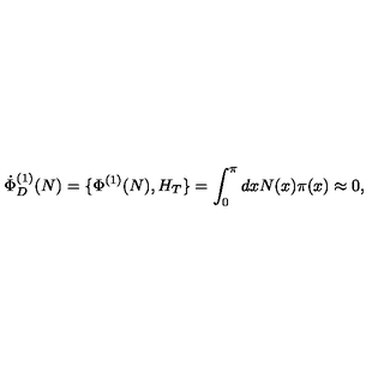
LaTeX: \dot { \Phi } _ { D } ^ { ( 1 ) } ( N ) = \{ \Phi ^ { ( 1 ) } ( N ) , H _ { T } \} = \int _ { 0 } ^ { \pi } d x N ( x ) \pi ( x ) \approx 0 ,